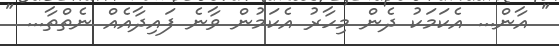
" އާން... އެކަމަކު ދެން މިހާރު އެކަމުން ވާނެ ފައިދާއެއް ނެތްތާ... "